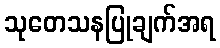
သုတေသနပြုချက်အရ